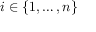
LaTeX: i \in \{ 1 , \ldots , n \}